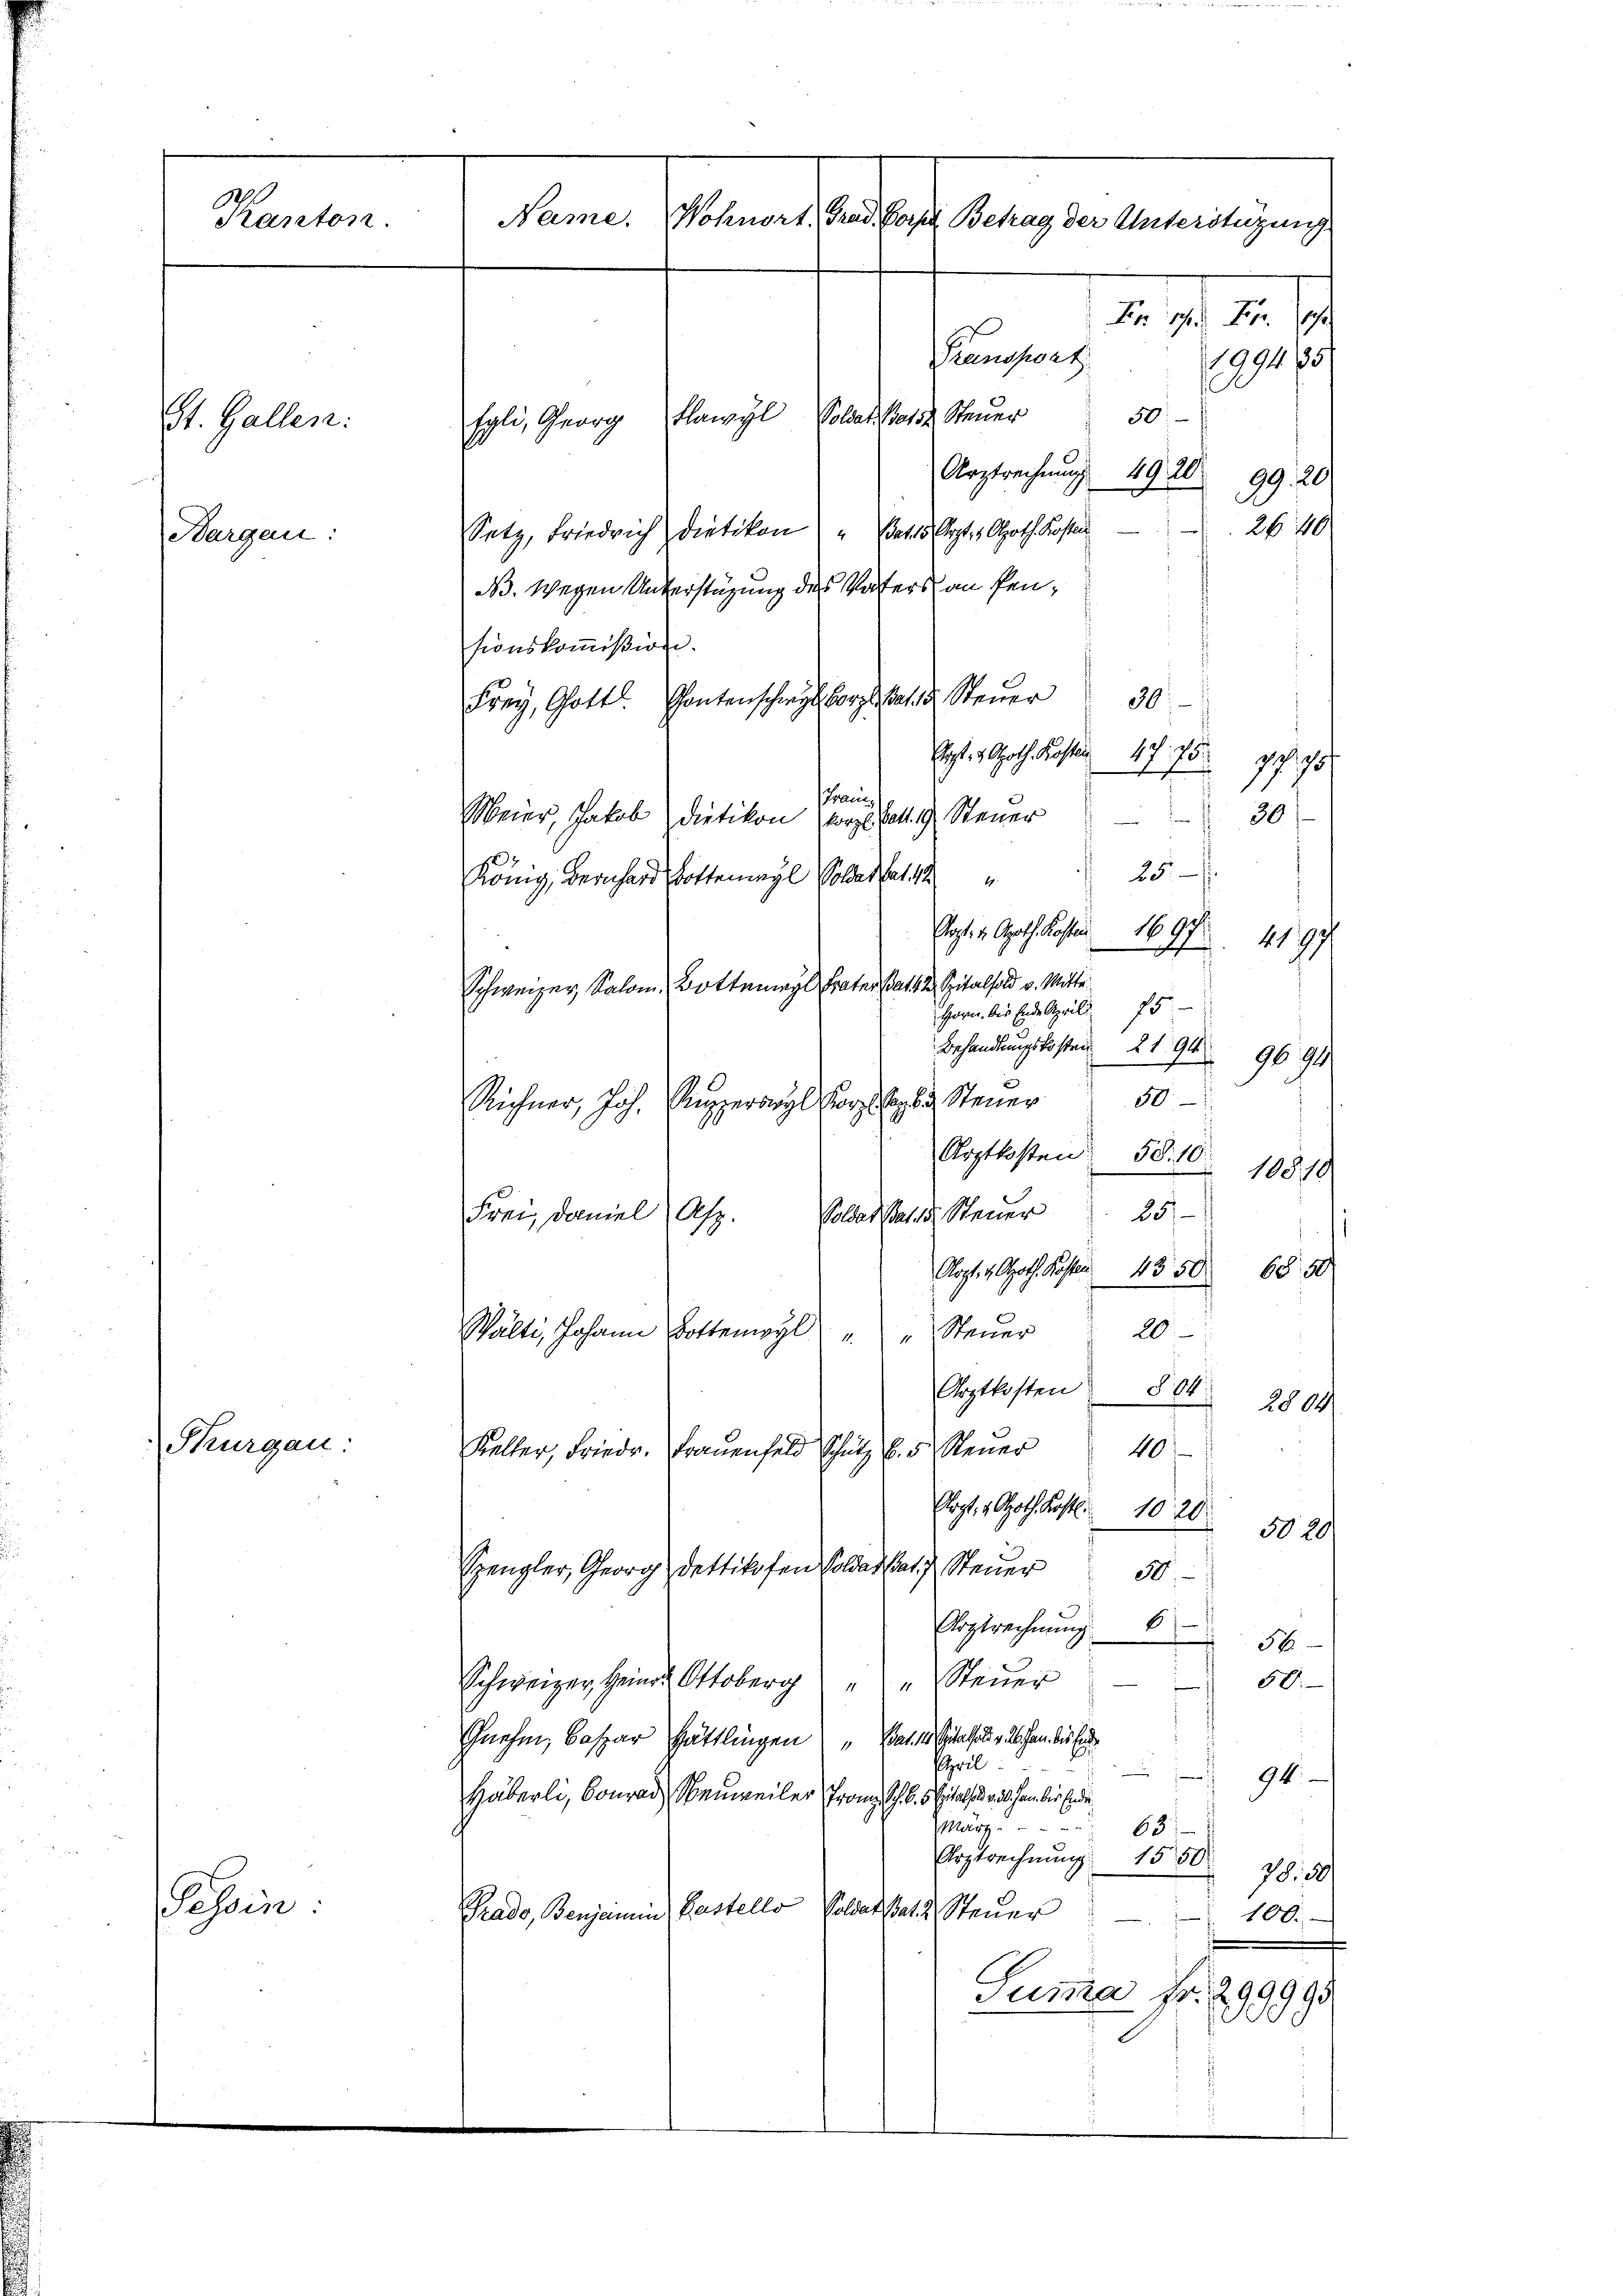
Kanton.
den Stand es aber gestament ein
2. d. M.
Transport
99275
50.
Flawyl, Soldat Basse Steuer
St. Gallen.
fgli, Georg
Arztrechnung 4920
99. 20/
2640/
Setz, Friedrich Dietikon " Bat15 Arzt 1. Apoth. Kosten
bargen.

B. wegen Unterstützung des Vaters an Pensionskommission.
30.
Frey, Gott. Gantenschreyb borgt hat. Steuer
Sept. 1 Apoth. Prosten 1775. 75
Tram,
Meier, Jakob Dietikon vorge Bett. 9, Steuer
 30 f
25.
König, Bernhard Dotteneÿl Soldet hat 18
Sept. 3. Apoth. Kosten 1697
2197
Schweizer, Salom, Botterey Frater hat 12. Spitalfold v. Mitte
Horn, bis Ende April 75
Behandlungskosten 2194
9694
50
Superswyl Korps sagte Steuer
Reichner, Joh.
Arztkosten 50. 10. 10810
Frei, daniel Asz. Soldat als Steuer 25
s
Kopter Apoth. Kosten 1350. 6850
Wälti, Johann Dottenwyl " " Steŭer 20
Arztkosten " 804
2804
Thurgau.
40.
Kalter, Friedr. Frauenfeld Schutz v. 5. Steuer
Krpt. 1. Apoth. Kostl. 1020
5020.
Spengler, Georg, dettikofen Soldat hat. Steuer
d.
Argtrechnung 56
Schweizer Heinde Ottoberg " " Steŭer
50.
Gnehm, Caspar Hättlingen „Bat. 14. Spitalfoli v. 2. an des Ende
April
94.
Häberli, Conrad Obenweiler Franz Sch. Eitel ad 1. 2. an bis Ende
März.
63.
Ergtrechnŭng 153078. 50
essin
Prado, Benjamin Pastello Soldat statt Steuer
100.
Sum̅a Fr. 299990